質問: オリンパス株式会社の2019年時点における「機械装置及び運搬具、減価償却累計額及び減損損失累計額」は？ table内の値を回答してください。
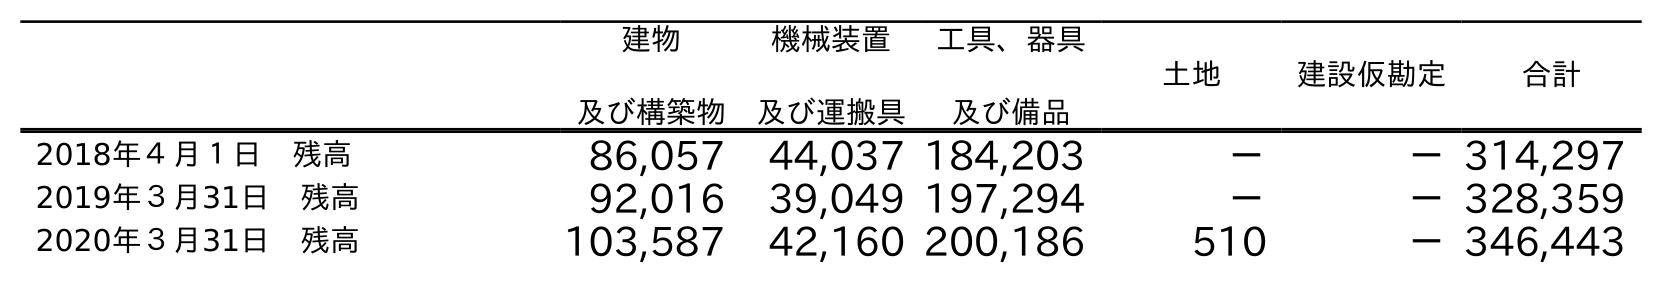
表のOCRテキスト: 建物 及び構築物 機械装置 及び運搬具 工具、器具 及び備品 土地 建設仮勘定 合計 2018年４月１日 残高 86,057 44,037 184,203 － －314,297 2019年３月31日 残高 92,016 39,049 197,294 － －328,359 2020年３月31日 残高 103,587 42,160 200,186 510 －346,443
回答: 39,049